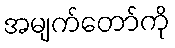
အမျက်တော်ကို